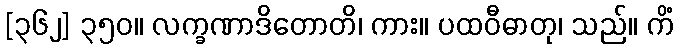
[၃၆၂] ၃၅၀။ လက္ခဏာဒိတောတိ၊ ကား။ ပထဝီဓာတု၊ သည်။ ကိံ